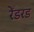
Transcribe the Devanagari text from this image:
रेंडरड